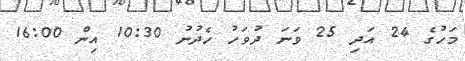
މަހުގެ 24 އަދި 25 ވަނަ ދުވަހު ހެދުނު 10:30 އިން 16:00